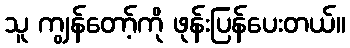
သူ ကျွန်တော့်ကို ဖုန်းပြန်ပေးတယ်။